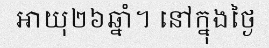
អាយុ២៦ឆ្នាំ។ នៅក្នុងថ្ងៃ